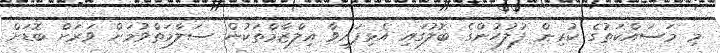
މި މަސައްކަތުގެ ކުރިން ފުލުހުންގެ ބޮލުގައި އެޅިފައިވާ އިލްޒާމްތަކުން ސަލާމަތްވުމަށް ވަރަށް ބޮޑަށް